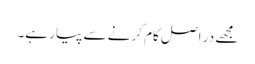
مجھے در اصل کام کرنے سے پیار ہے۔